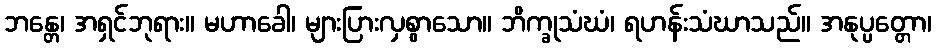
ဘန္တေ၊ အရှင်ဘုရား။ မဟာခေါ၊ များပြားလှစွာသော။ ဘိက္ခုသံဃံ၊ ရဟန်းသံဃာသည်။ အနုပ္ပတ္တော၊